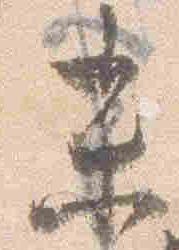
未